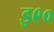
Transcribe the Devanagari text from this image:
इ९०